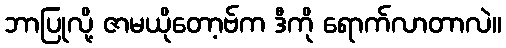
ဘာပြုလို့ ဇာမယိုတော့ဗ်က ဒီကို ရောက်လာတာလဲ။